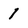
Character: 1